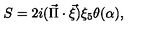
S = 2 i ( \vec { \Pi } \cdot \vec { \xi } ) \xi _ { 5 } \theta ( \alpha ) ,